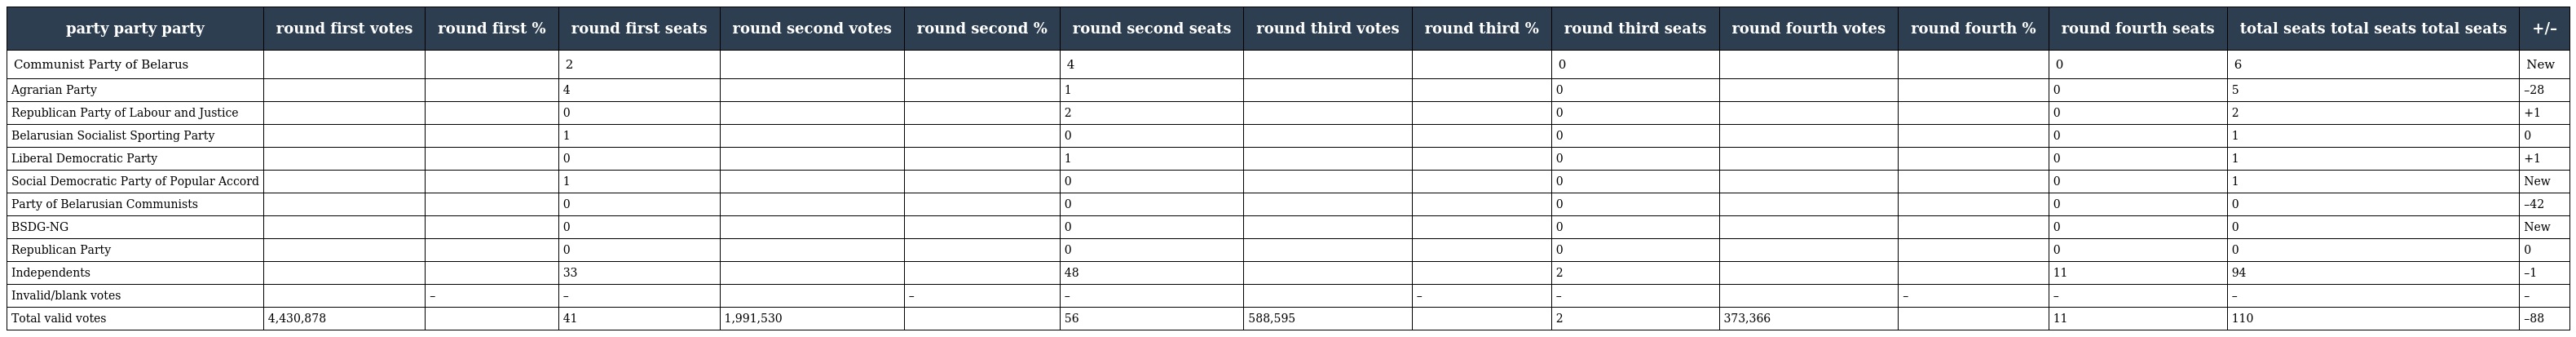
| party party party | round first votes | round first % | round first seats | round second votes | round second % | round second seats | round third votes | round third % | round third seats | round fourth votes | round fourth % | round fourth seats | total seats total seats total seats | +/– |
 | --- | --- | --- | --- | --- | --- | --- | --- | --- | --- | --- | --- | --- | --- | --- |
 | Communist Party of Belarus |  |  | 2 |  |  | 4 |  |  | 0 |  |  | 0 | 6 | New |
 | Agrarian Party |  |  | 4 |  |  | 1 |  |  | 0 |  |  | 0 | 5 | –28 |
 | Republican Party of Labour and Justice |  |  | 0 |  |  | 2 |  |  | 0 |  |  | 0 | 2 | +1 |
 | Belarusian Socialist Sporting Party |  |  | 1 |  |  | 0 |  |  | 0 |  |  | 0 | 1 | 0 |
 | Liberal Democratic Party |  |  | 0 |  |  | 1 |  |  | 0 |  |  | 0 | 1 | +1 |
 | Social Democratic Party of Popular Accord |  |  | 1 |  |  | 0 |  |  | 0 |  |  | 0 | 1 | New |
 | Party of Belarusian Communists |  |  | 0 |  |  | 0 |  |  | 0 |  |  | 0 | 0 | –42 |
 | BSDG-NG |  |  | 0 |  |  | 0 |  |  | 0 |  |  | 0 | 0 | New |
 | Republican Party |  |  | 0 |  |  | 0 |  |  | 0 |  |  | 0 | 0 | 0 |
 | Independents |  |  | 33 |  |  | 48 |  |  | 2 |  |  | 11 | 94 | –1 |
 | Invalid/blank votes |  | – | – |  | – | – |  | – | – |  | – | – | – | – |
 | Total valid votes | 4,430,878 |  | 41 | 1,991,530 |  | 56 | 588,595 |  | 2 | 373,366 |  | 11 | 110 | –88 |